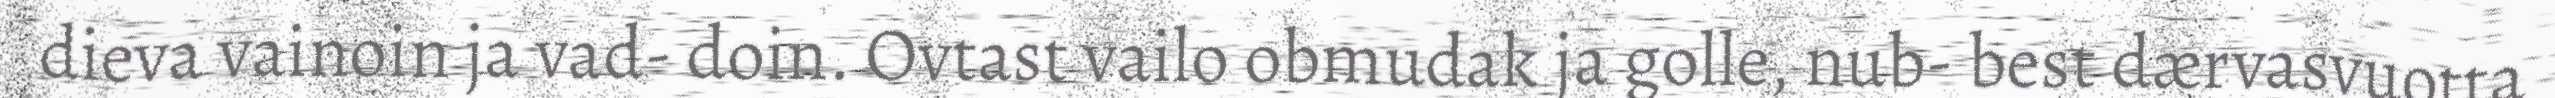
dieva vainoin ja vad- doin. Ovtast vailo obmudak ja golle, nub- best dærvasvuotta